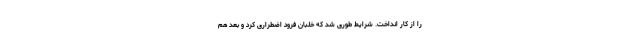
را از کار انداخت. شرایط طوری شد که خلبان فرود اضطراری ‌کرد و بعد هم